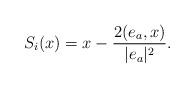
LaTeX: \begin{align*}S_{i}(x) = x - \frac{2(e_{a},x)}{|e_{a}|^{2}}.\end{align*}